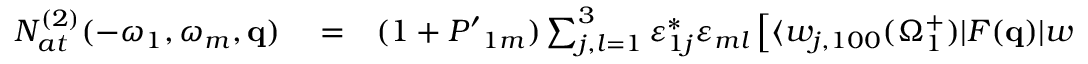
\begin{array} { r l r } { { \cal N } _ { a t } ^ { ( 2 ) } ( - \omega _ { 1 } , \omega _ { m } , \mathbf { q } ) } & { { } = } & { ( 1 + { \cal P ^ { \prime } } _ { 1 m } ) \sum _ { j , l = 1 } ^ { 3 } \varepsilon _ { 1 j } ^ { * } \varepsilon _ { m l } \left[ \langle w _ { j , 1 0 0 } ( \Omega _ { 1 } ^ { + } ) | F ( \mathbf { q } ) | { w } _ { l , 1 0 0 } ( \Omega _ { m } ^ { + } ) \rangle \right. } \end{array}